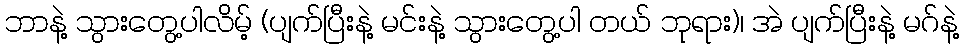
ဘာနဲ့ သွားတွေ့ပါလိမ့် (ပျက်ပြီးနဲ့ မင်းနဲ့ သွားတွေ့ပါ တယ် ဘုရား)၊ အဲ ပျက်ပြီးနဲ့ မဂ်နဲ့